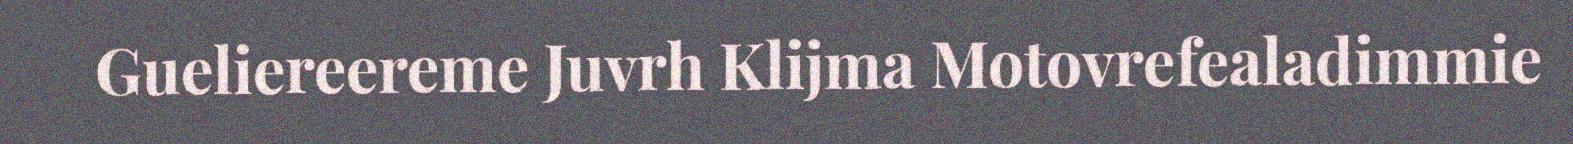
Gueliereereme Juvrh Klijma Motovrefealadimmie